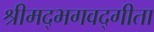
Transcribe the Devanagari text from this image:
श्रीमद्‌भगवद्गीता